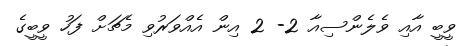
ވީބީ އާއި ވެލެންސިއާ 2- 2 އިން އެއްވަރުވި މެޗަށް ފަހު ވީބީގެ